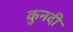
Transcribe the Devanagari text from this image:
कुनदी